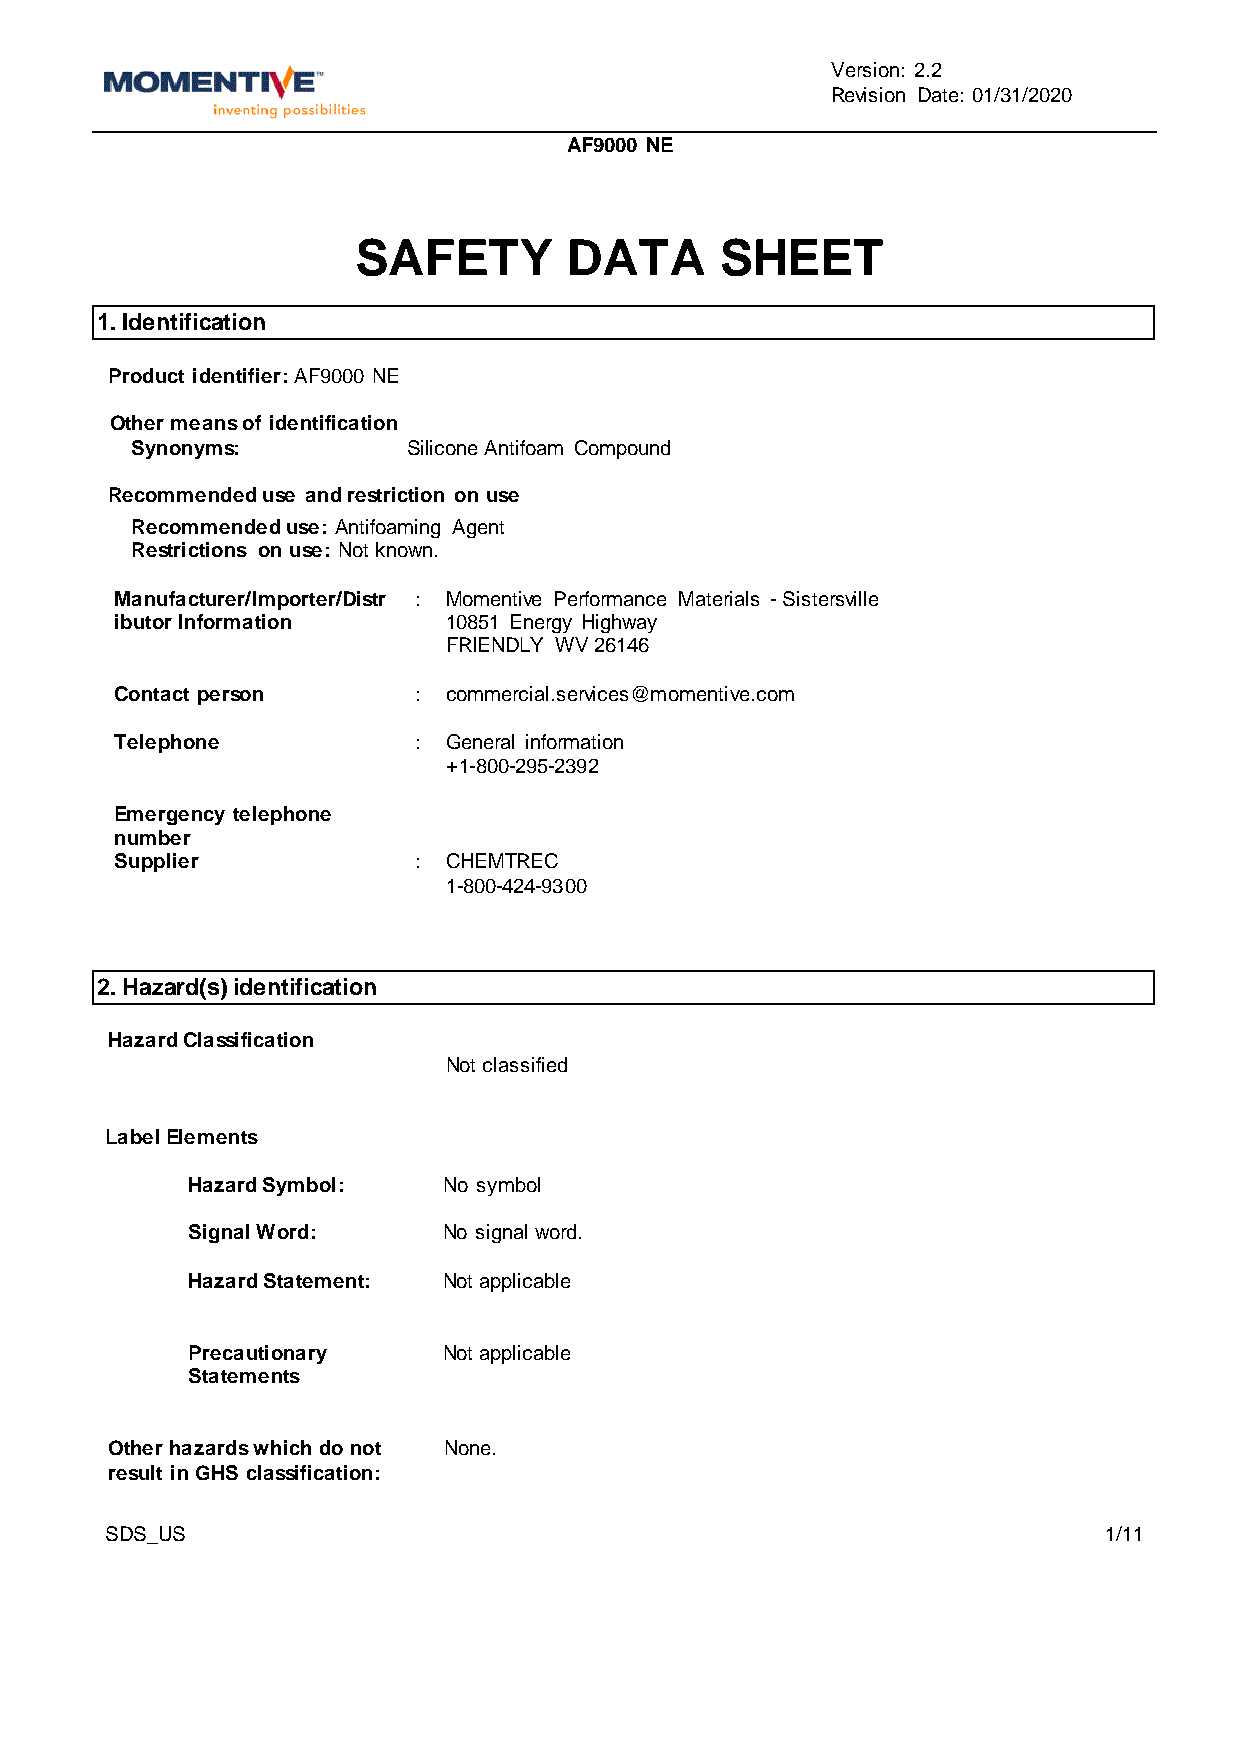
Version: 2.2
 Revision Date: 01/31/2020
 AF9000 NE
 SAFETY       DATA       SHEET
 1. Identification
 Product identifier: AF9000 NE
 Other means of identification
 Synonyms:         Silicone Antifoam Compound
 Recommended use and restriction on use
 Recommended use: Antifoaming Agent
 Restrictions on use: Not known.
 Manufacturer/Importer/Distr : Momentive Performance Materials - Sistersville
 ibutor Information    10851 Energy Highway
 FRIENDLY WV 26146
 Contact person     :  commercial.services@momentive.com
 Telephone          :  General information
 +1-800-295-2392
 Emergency telephone
 number
 Supplier           :  CHEMTREC
 1-800-424-9300
 2. Hazard(s) identification
 Hazard Classification
 Not classified
 Label Elements
 Hazard Symbol:   No symbol
 Signal Word:     No signal word.
 Hazard Statement: Not applicable
 Precautionary    Not applicable
 Statements
 Other hazards which do not None.
 result in GHS classification:
 SDS_US                                                            1/11